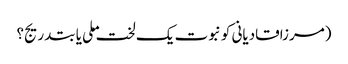
(مرزاقادیانی کو نبوت یک لخت ملی یا بتدریج؟